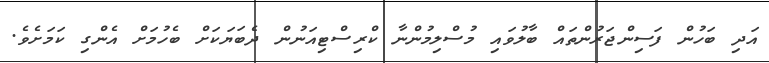
އަދި ބަހުން ފަސިންޖަރުންތައް ބާލުވައި މުސްލިމުންނާ ކްރިސްޓިއަނުން ދެބަޔަކަށް ބެހުމަށް އެންގި ކަމަށެވެ.